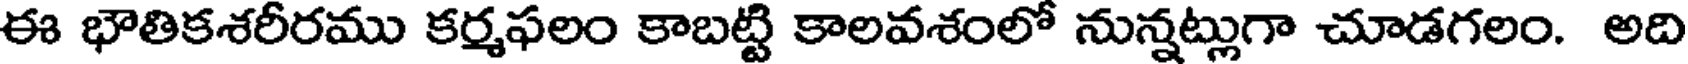
ఈ భౌతికశరీరము కర్మఫలం కాబట్టి కాలవశంలో నున్నట్లుగా చూడగలం. అది